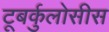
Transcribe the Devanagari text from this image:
टूबर्कुलोसीस